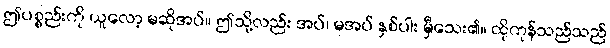
ဤပစ္စည်းကို ယူလော့ မဆိုအပ်။ ဤသို့လည်း အပ်၊ မအပ် နှစ်ပါး မှီသေး၏။ ထိုကုန်သည်သည်